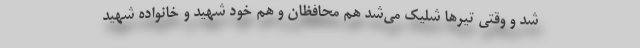
شد و وقتی تیرها شلیک می‌شد هم محافظان و هم خود شهید و خانواده شهید